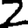
Digit: 2